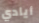
أيادي